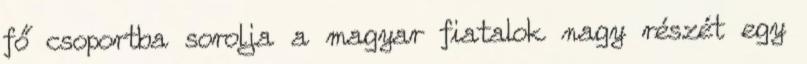
fő csoportba sorolja a magyar fiatalok nagy részét egy